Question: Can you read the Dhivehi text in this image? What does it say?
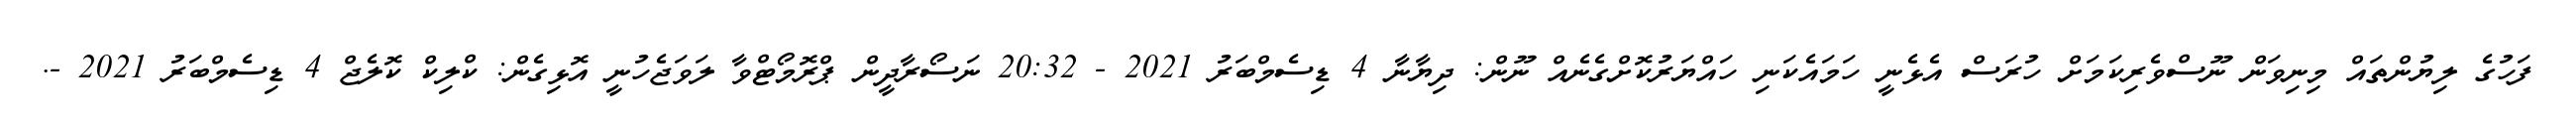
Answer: ފަހުގެ ލިޔުންތައް މިނިވަން ނޫސްވެރިކަމަށް ހުރަސް އެޅެނީ ހަމައެކަނި ހައްޔަރުކޮށްގެނެއް ނޫން: ދިޔާނާ 4 ޑިސެމްބަރު 2021 - 20:32 ނަސޯރާދީން ޕްރޮމޯޓްވާ ލަވަޖެހުނީ އޮޅިގެން: ކްލިކް ކޮލެޖް 4 ޑިސެމްބަރު 2021 -.